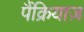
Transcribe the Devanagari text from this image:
पैंक्रियाज़